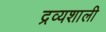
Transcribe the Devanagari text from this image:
द्रव्यशाली